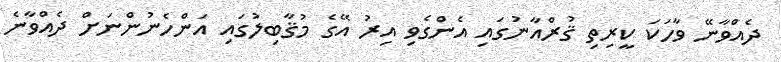
ދެއްވާނޭ ވާހަކަ ކީރިތި ޤުރްއާނުގައި އެންގެވި އިރު އޭގެ މުޤާބިލުގައި އަންހެނުންނަށް ދެއްވާނެ